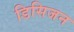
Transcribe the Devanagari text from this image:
डिसिजन